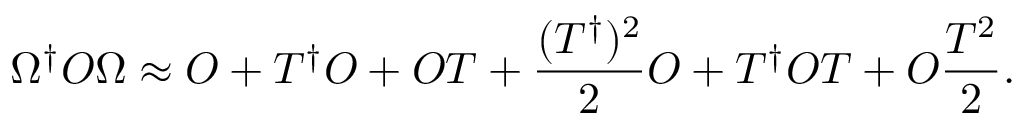
\Omega ^ { \dagger } O \Omega \approx O + T ^ { \dagger } O + O T + \frac { ( T ^ { \dagger } ) ^ { 2 } } { 2 } O + T ^ { \dagger } O T + O \frac { T ^ { 2 } } { 2 } .